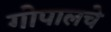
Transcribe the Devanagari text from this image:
गोपालचे